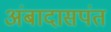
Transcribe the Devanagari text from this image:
अंबादासपंत